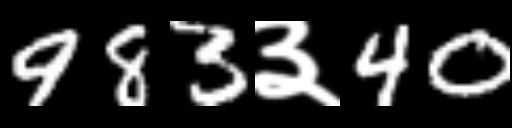
Text: 983३40